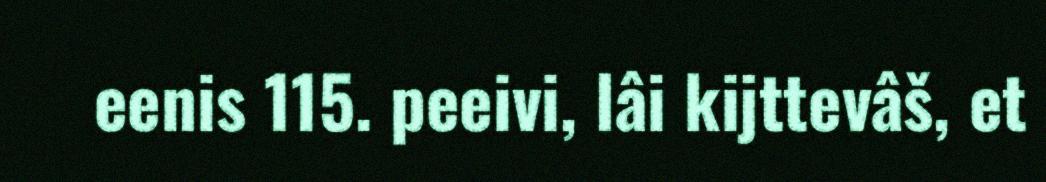
eenis 115. peeivi, lâi kijttevâš, et